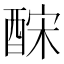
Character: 𨠼